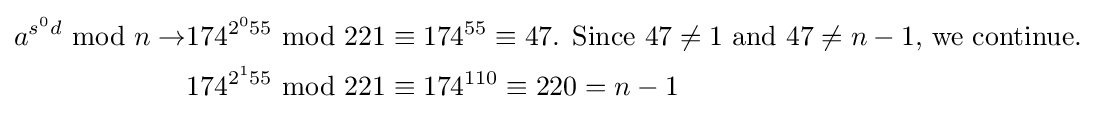
{\begin{aligned}a^{{s^{0}}d}{\text{ mod }}n\rightarrow &174^{{2^{0}}55}{\text{ mod }}221\equiv 174^{55}\equiv 47{\text{. Since }}47\neq 1{\text{ and }}47\neq n-1{\text{, we continue.}}\\&174^{{2^{1}}55}{\text{ mod }}221\equiv 174^{110}\equiv 220=n-1\end{aligned}}